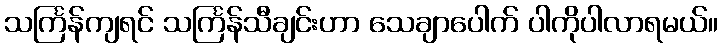
သင်္ကြန်ကျရင် သင်္ကြန်သီချင်းဟာ သေချာပေါက် ပါကိုပါလာရမယ်။